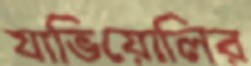
যাভিয়োলির